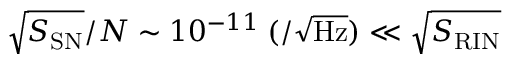
\sqrt { S _ { \mathrm { S N } } } / N \sim 1 0 ^ { - 1 1 } \: ( \mathrm { / \sqrt { H z } ) } \ll \sqrt { S _ { \mathrm { R I N } } }